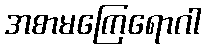
အစာမကြေရောဂါ